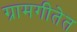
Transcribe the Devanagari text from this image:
ग्रामगीतेत